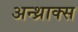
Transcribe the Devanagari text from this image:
अन्थ्राक्स